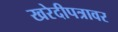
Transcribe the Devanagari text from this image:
खरेदीपत्रावर